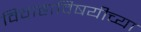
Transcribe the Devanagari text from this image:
विवाहाविषयीच्या